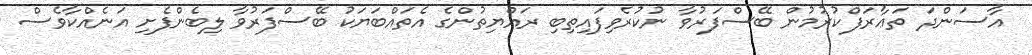
އާސަންދަ ތަޢާރަފްކުރުމުން ބޭސްފަރުވާ ނުކުރެވިފައިތިބި ރައްޔިތުންގެ އެތައްބަޔަކު ބޭސްފަރުވާ ލިބެންފެށި އަނެއްކާވެސް